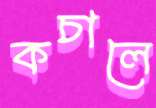
কচালে